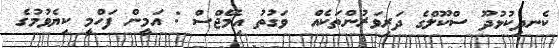
ކެނދިކުޅުދޫ ސްކޫލްގެ ދަރިވަރުންތަކެއް  ވަގުތު އިމޭޖްސް : އަމީން ފަހްމީ ކިޔެވުމުގެ